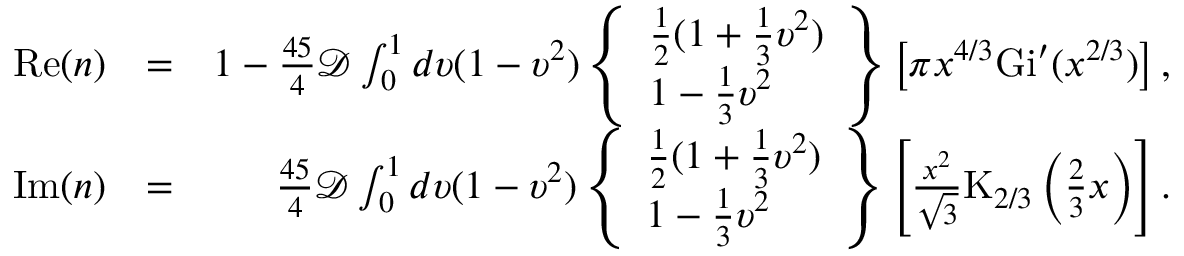
\begin{array} { r l r } { \mathrm { R e } ( n ) } & { = } & { 1 - \frac { 4 5 } { 4 } \mathcal { D } \int _ { 0 } ^ { 1 } d \upsilon ( 1 - \upsilon ^ { 2 } ) \left\{ \begin{array} { l } { \frac { 1 } { 2 } ( 1 + \frac { 1 } { 3 } \upsilon ^ { 2 } ) } \\ { 1 - \frac { 1 } { 3 } \upsilon ^ { 2 } } \end{array} \right\} \left[ \pi x ^ { 4 / 3 } \mathrm { G i } ^ { \prime } ( x ^ { 2 / 3 } ) \right] , } \\ { \mathrm { I m } ( n ) } & { = } & { \frac { 4 5 } { 4 } \mathcal { D } \int _ { 0 } ^ { 1 } d \upsilon ( 1 - \upsilon ^ { 2 } ) \left\{ \begin{array} { l } { \frac { 1 } { 2 } ( 1 + \frac { 1 } { 3 } \upsilon ^ { 2 } ) } \\ { 1 - \frac { 1 } { 3 } \upsilon ^ { 2 } } \end{array} \right\} \left[ \frac { x ^ { 2 } } { \sqrt { 3 } } \mathrm { K } _ { 2 / 3 } \left( \frac { 2 } { 3 } x \right) \right] . } \end{array}